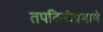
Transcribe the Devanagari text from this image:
तपकिरीप्रमाणे